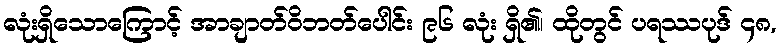
လုံးရှိသောကြောင့် အာချာတ်ဝိဘတ်ပေါင်း ၉၆ လုံး ရှိ၏၊ ထိုတွင် ပရဿပုဒ် ၄၈,